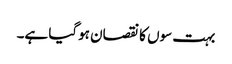
بہت سوں کا نقصان ہوگیا ہے۔